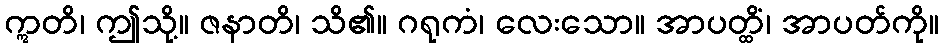
ဣတိ၊ ဤသို့။ ဇနာတိ၊ သိ၏။ ဂရုကံ၊ လေးသော။ အာပတ္ထိံ၊ အာပတ်ကို။